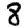
Digit: 8